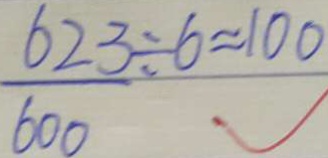
\frac { 6 2 3 } { 6 0 0 } \div 6 \approx 1 0 0